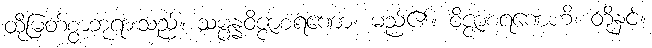
ထိုမြတ်စွာဘုရားသည်။ သမ္ပန္နဝိဇ္ဇာစရဏော၊ မည်၏။ ဝိဇ္ဇာစရဏေဟိ၊ တို့နှင့်။